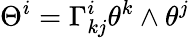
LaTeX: \Theta^{i}=\Gamma_{kj}^{i}\theta^{k}\wedge\theta^{j}